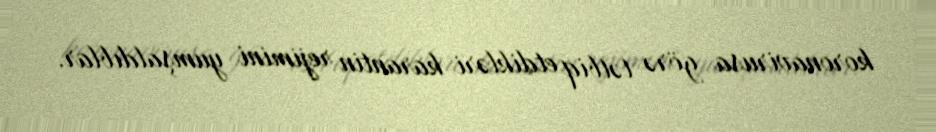
koronavirusa görə tətbiq etdikləri karantin rejimini yumşaldıblar.